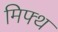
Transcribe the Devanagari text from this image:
मिफ्थ